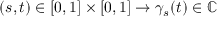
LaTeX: ( s , t ) \in [ 0 , 1 ] \times [ 0 , 1 ] \to \gamma _ { s } ( t ) \in \mathbb { C }